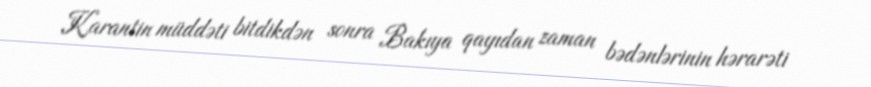
Karantin müddəti bitdikdən sonra Bakıya qayıdan zaman bədənlərinin hərarəti